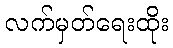
လက်မှတ်ရေးထိုး